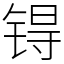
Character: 锝